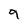
Character: 9